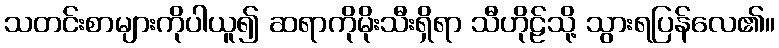
သတင်းစာများကိုပါယူ၍ ဆရာကိုမိုးသီးရှိရာ သီဟိုဠ်သို့ သွားရပြန်လေ၏။